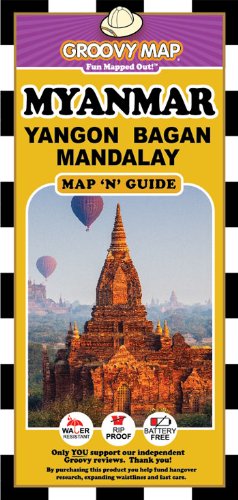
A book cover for Groovy Map n Guide Myanmar; Aaron Frankel; Travel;